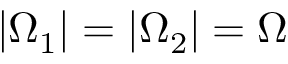
| \Omega _ { 1 } | = | \Omega _ { 2 } | = \Omega